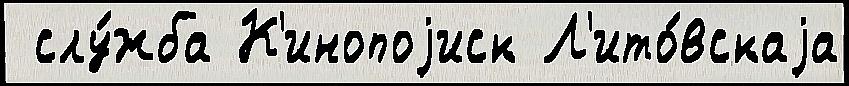
 слу́жба К'инопоjиск Л'ито́вскаjа